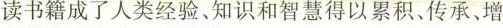
读书籍成了人类经验、知识和智慧得以累积、传承、增